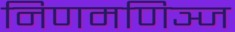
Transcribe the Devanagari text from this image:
निणमणिञ्ज